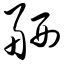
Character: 舾